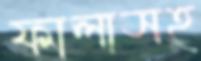
ফালাসহ